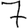
Digit: 7